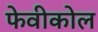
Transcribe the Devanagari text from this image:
फेवीकोल